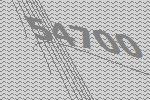
54700